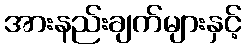
အားနည်းချက်များနှင့်